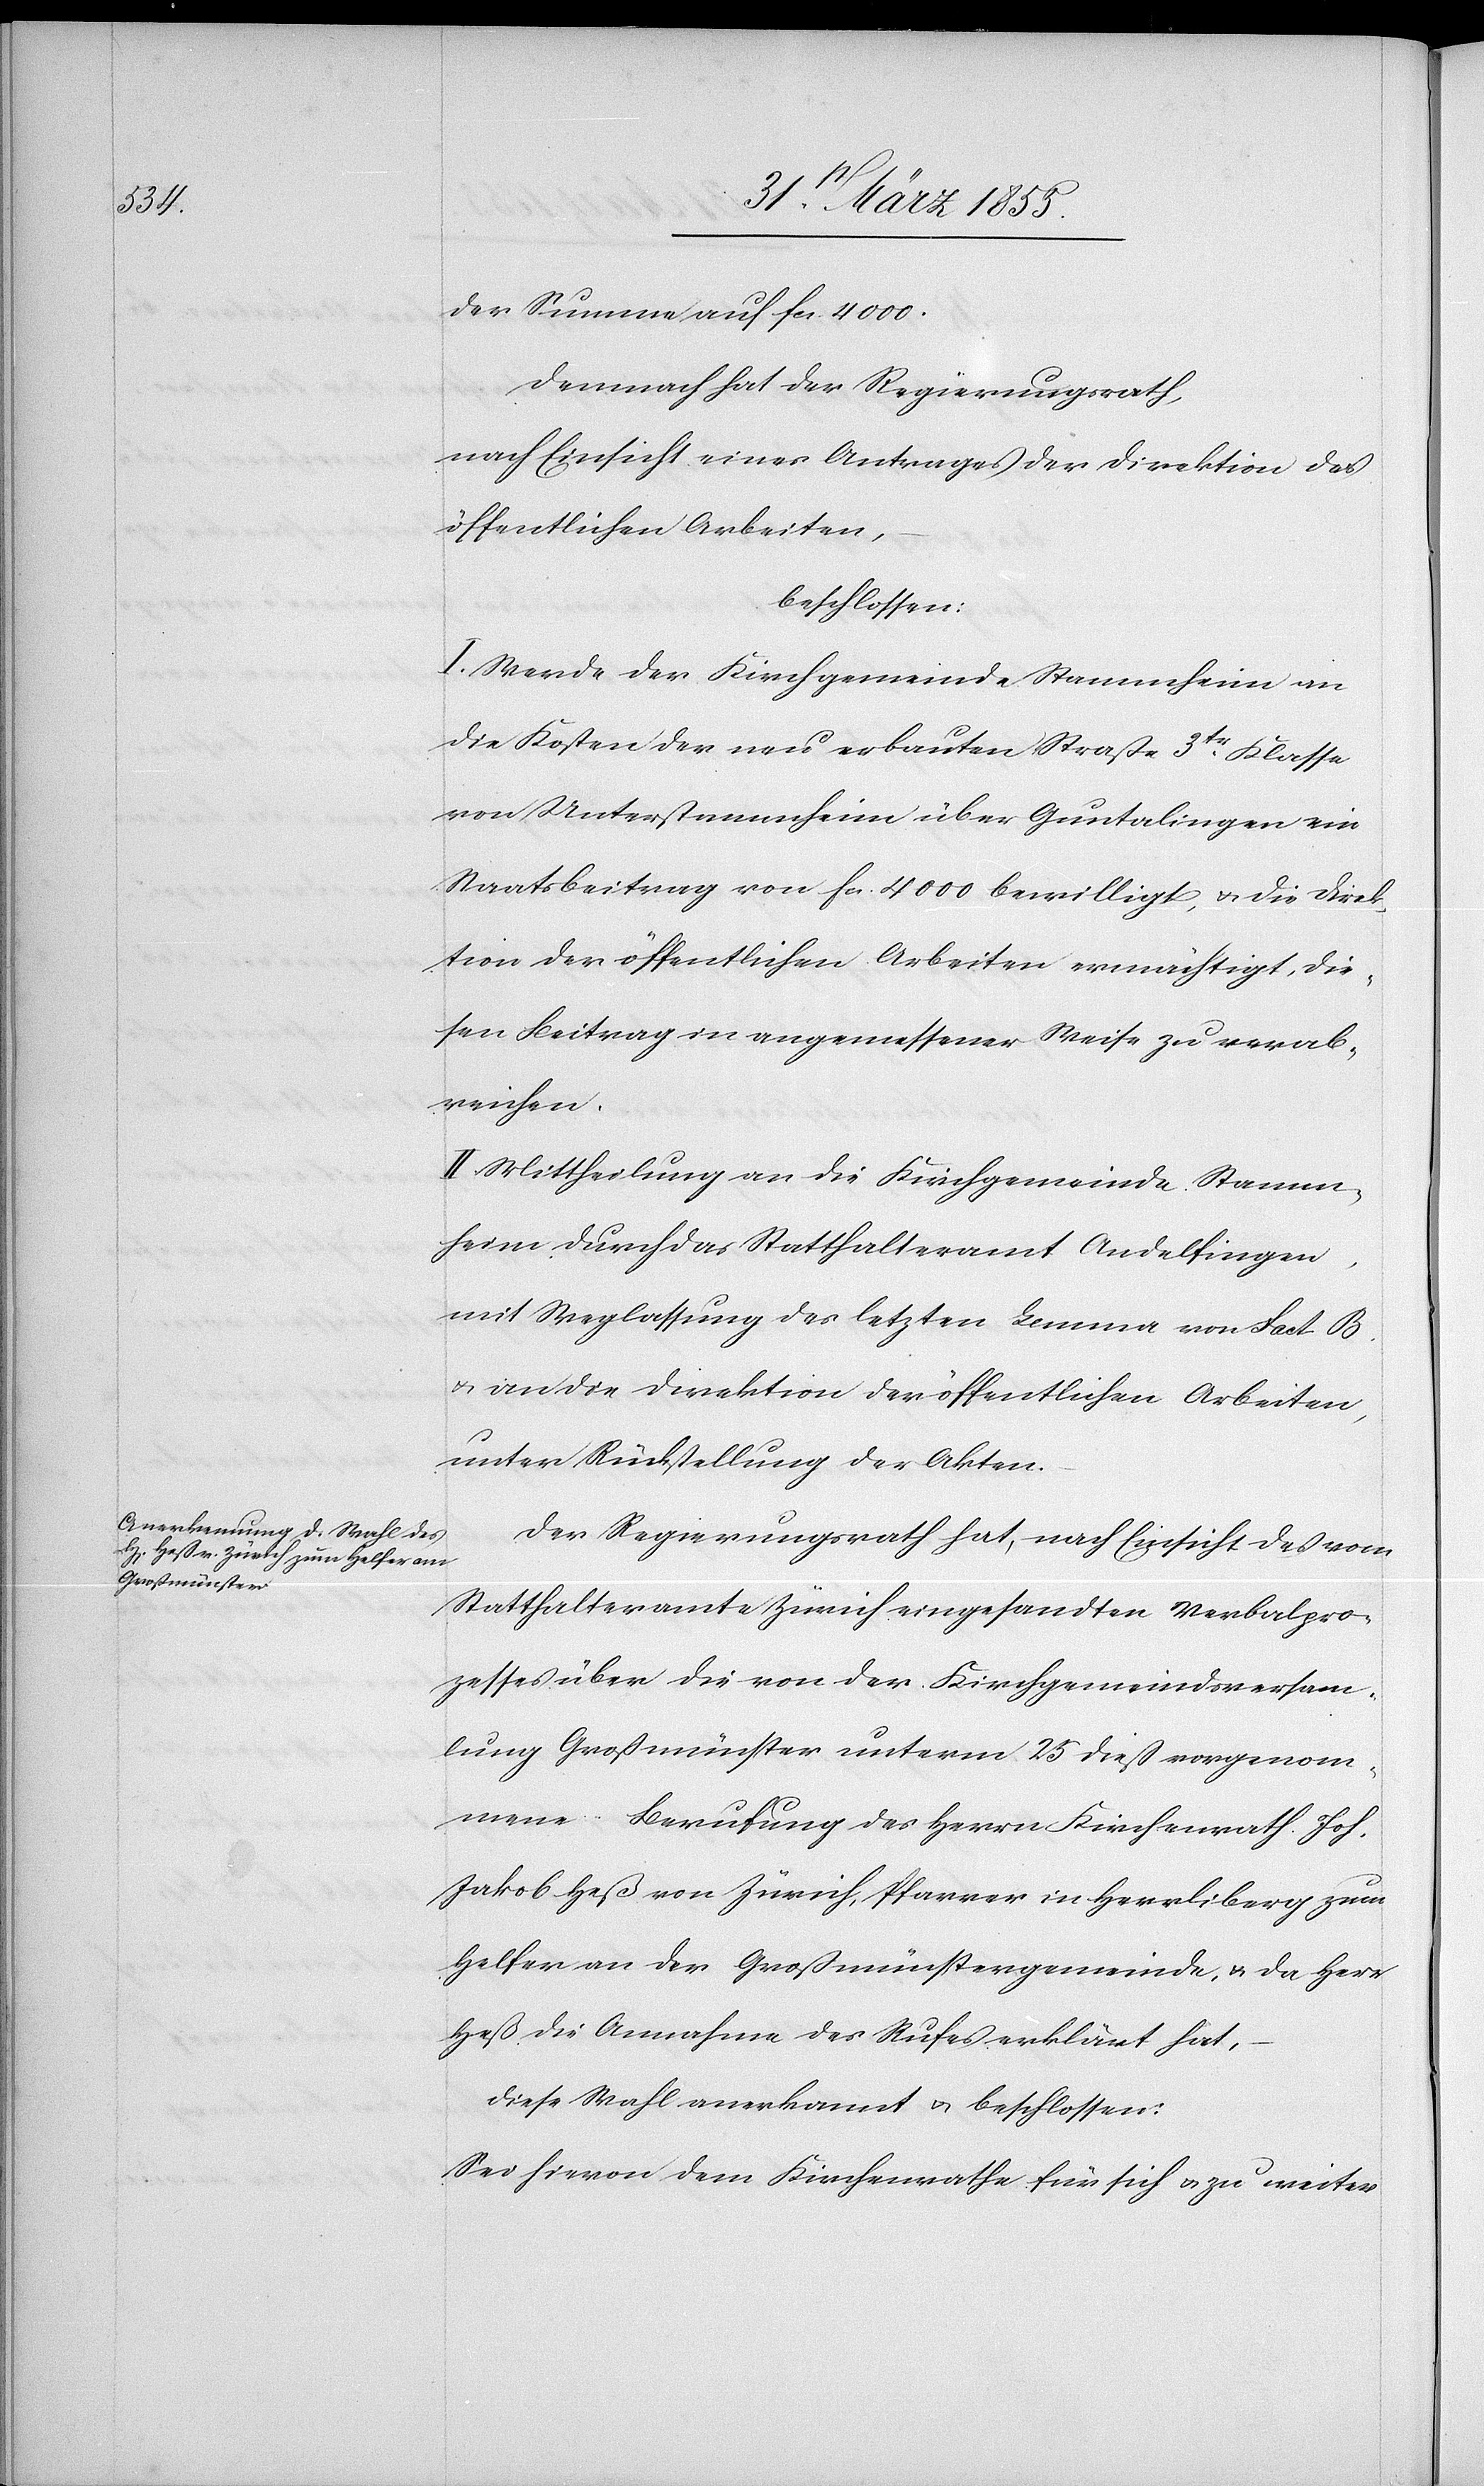
der Summe auf Fcs. 4000.
Demnach hat der Regierungsrath,
nach Einsicht eines Antrages der Direktion der
öffentlichen Arbeiten,
beschlossen:
I. Werde der Kirchgemeinde Stammheim an
die Kosten der neu erbauten Straße 3tr. Klasse
von Unterstammheim über Guntalingen ein
Staatsbeitrag von Fcs. 4000 bewilligt, & die Direk¬
tion der öffentlichen Arbeiten ermächtigt, die¬
sen Beitrag in angemessener Weise zu verab¬
reichen.
II. Mittheilung an die Kirchgemeinde Stamm¬
heim durch das Statthalteramt Andelfingen,
mit Weglassung des letzten Lemma von Fact. B.
& an die Direktion der öffentlichen Arbeiten,
unter Rückstellung der Akten.
Der Regierungsrath hat, nach Einsicht des vom
Statthalteramte Zürich eingesandten Verbalpro¬
zesses über die von der Kirchgemeindsversamm¬
lung Großmünster unterm 25 dieß vorgenom¬
mene Berufung des Herrn Kirchenrath Joh.
Jakob Heß von Zürich, Pfarrer in Herrliberg zum
Helfer an der Großmünstergemeinde, & da Herr
Heß die Annahme des Rufes erklärt hat,
diese Wahl anerkannt & beschlossen:
Sei hievon dem Kirchenrathe für sich & zu weiter